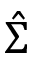
\hat { \Sigma }